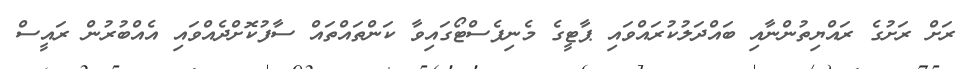
ރަށް ރަށުގެ ރައްޔިތުންނާއި ބައްދަލުކުރައްވައި ޕާޓީގެ މެނިފެސްޓޯގައިވާ ކަންތައްތައް ސާފުކޮށްދެއްވައި އެއްބުރުން ރައީސް